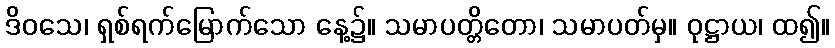
ဒိဝသေ၊ ရှစ်ရက်မြောက်သော နေ့၌။ သမာပတ္တိတော၊ သမာပတ်မှ။ ဝုဋ္ဌာယ၊ ထ၍။